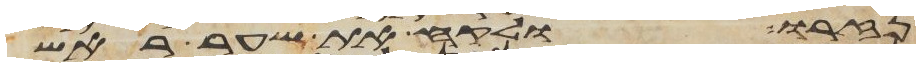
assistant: נזרו ולקח את שער ראש